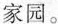
家园。